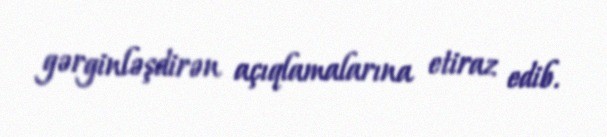
gərginləşdirən açıqlamalarına etiraz edib.